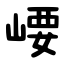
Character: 崾